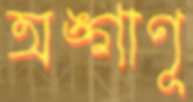
অঙ্গাণূ